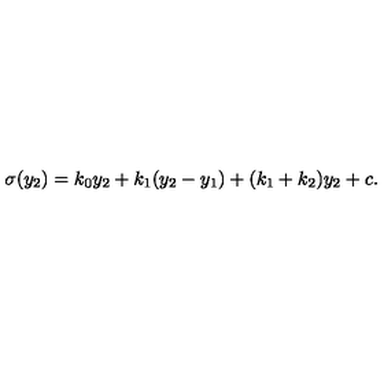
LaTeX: \sigma ( y _ { 2 } ) = k _ { 0 } y _ { 2 } + k _ { 1 } ( y _ { 2 } - y _ { 1 } ) + ( k _ { 1 } + k _ { 2 } ) y _ { 2 } + c . \,